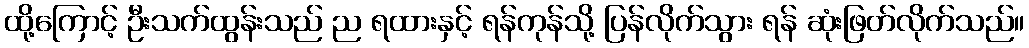
ထို့ကြောင့် ဦးသက်ထွန်းသည် ည ရထားနှင့် ရန်ကုန်သို့ ပြန်လိုက်သွား ရန် ဆုံးဖြတ်လိုက်သည်။